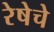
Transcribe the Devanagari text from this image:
रेषेचे